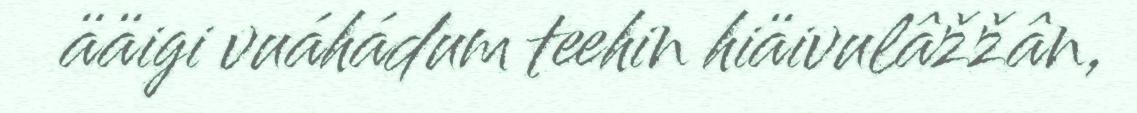
ääigi vuáhádum teehin hiäivulâžžân,